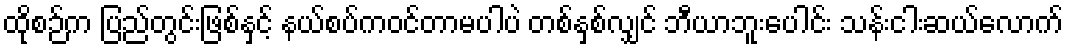
ထိုစဉ်က ပြည်တွင်းဖြစ်နှင့် နယ်စပ်ကဝင်တာမပါပဲ တစ်နှစ်လျှင် ဘီယာဘူးပေါင်း သန်းငါးဆယ်လောက်